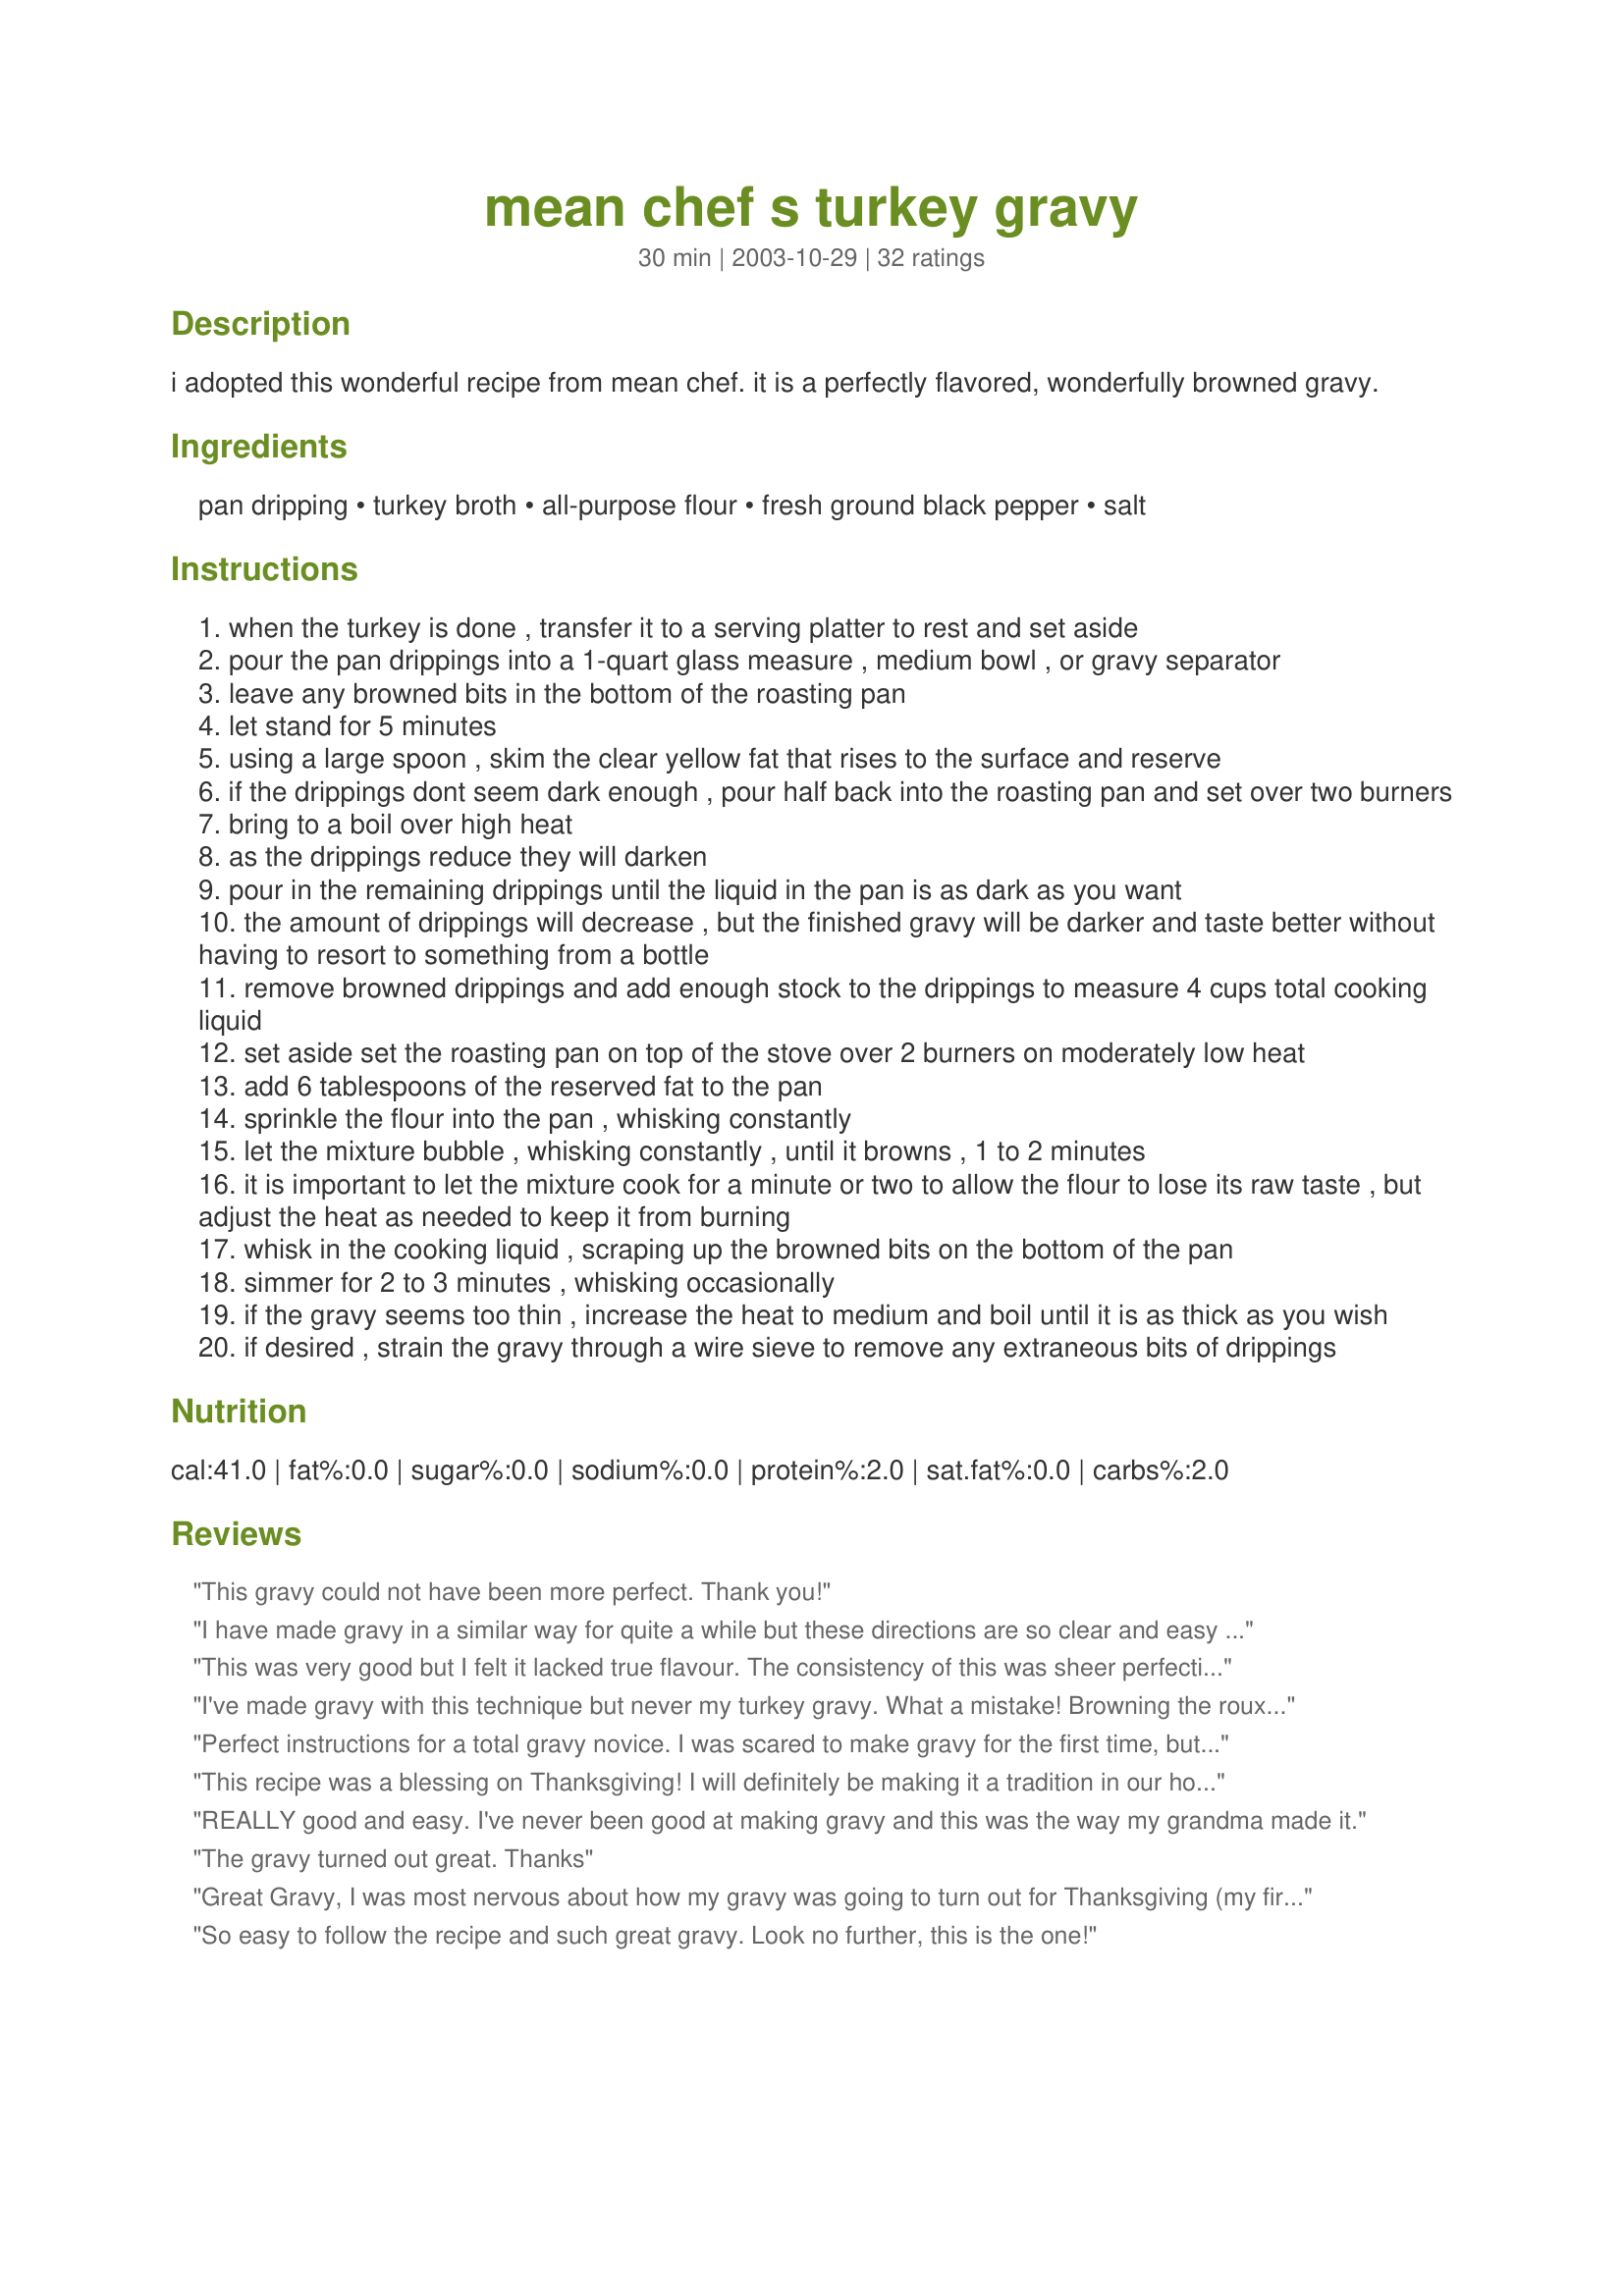
mean chef s turkey gravy
Preparation time: 30 minutes

i adopted this wonderful recipe from mean chef. it is a perfectly flavored, wonderfully browned gravy.

Ingredients:
pan dripping, turkey broth, all-purpose flour, fresh ground black pepper, salt

Steps:
when the turkey is done , transfer it to a serving platter to rest and set aside
pour the pan drippings into a 1-quart glass measure , medium bowl , or gravy separator
leave any browned bits in the bottom of the roasting pan
let stand for 5 minutes
using a large spoon , skim the clear yellow fat that rises to the surface and reserve
if the drippings dont seem dark enough , pour half back into the roasting pan and set over two burners
bring to a boil over high heat
as the drippings reduce they will darken
pour in the remaining drippings until the liquid in the pan is as dark as you want
the amount of drippings will decrease , but the finished gravy will be darker and taste better without having to resort to something from a bottle
remove browned drippings and add enough stock to the drippings to measure 4 cups total cooking liquid
set aside set the roasting pan on top of the stove over 2 burners on moderately low heat
add 6 tablespoons of the reserved fat to the pan
sprinkle the flour into the pan , whisking constantly
let the mixture bubble , whisking constantly , until it browns , 1 to 2 minutes
it is important to let the mixture cook for a minute or two to allow the flour to lose its raw taste , but adjust the heat as needed to keep it from burning
whisk in the cooking liquid , scraping up the browned bits on the bottom of the pan
simmer for 2 to 3 minutes , whisking occasionally
if the gravy seems too thin , increase the heat to medium and boil until it is as thick as you wish
if desired , strain the gravy through a wire sieve to remove any extraneous bits of drippings

Reviews:
This gravy could not have been more perfect. Thank you!
I have made gravy in a similar way for quite a while but these directions are so clear and easy to follow that they give you a very confident feeling about the outcome. My drippings were nice and dark this year so I didn't reduce them, but that is a great piece of advice for times when they are not. This was delicious gravy!
This was very good but I felt it lacked true flavour. The consistency of this was sheer perfection and I will incorporate my own turkey gravy "stock" with this thickening ratio since I've never been able to achieve this consistency. But I added a LOT of seasoning...and it still needed something more. This is a GREAT base and I will use this with my own stock the next time and report back on my progress. Thanks for posting!
I've made gravy with this technique but never my turkey gravy. What a mistake! Browning the roux first makes a terrific, flavorful gravy. I prefer my gravy a bit thicker than this so I just followed the suggestion and simmered it until it was my idea of perfect. I'll never go back to shaking flour in a jar again. Thanks, Mean Chef!
Perfect instructions for a total gravy novice. I was scared to make gravy for the first time, but this recipe helped me through it - and the gravy had great flavor!
This recipe was a blessing on Thanksgiving! I will definitely be making it a tradition in our house...thanks!
REALLY good and easy. I've never been good at making gravy and this was the way my grandma made it.
The gravy turned out great. Thanks
Great Gravy, I was most nervous about how my gravy was going to turn out for Thanksgiving (my first one cooking). This was better than most I have ever tasted. Thank you!
So easy to follow the recipe and such great gravy. Look no further, this is the one!
Great gravy! The roux is the secret. I made this to go with <a href="/102335">Moist and Tender Turkey Breast</a>. The family loved it. Thank you.
I've een making my gravy like this for years. It's quick, easy and delicious! Glad you posted it for everyone Bekah.
I prepared the 'companion' recipe to this (#74272 -- Mean Chef's Turkey Broth) and used it to make this gravy. It was so much darker than the gravy my mother always made, everybody was giving it really nervous looks. One bite, though, and they all started raving. It was just outstanding, and I've been asked (no, more like ordered!) never to make any other kind of turkey gravy again.
Made your Apple Brine Turkey for Christmas and needed to make a good gravy from the drippings so I chose this recipe. So glad I did. This was wonderful. The roux is the trick and it has great flavor. The only problem I had was getting it to thicken as much as I wanted even using your hints so I mixed a little gravy with cornstarch and slowly stirred in a small amount to the pan on the burners and got the desired consistency in no time. Thanks Mean Chef for a keeper gravy recipe!!
Didn't know there was any other way to make gravy. This technique was used from my great-grandmother on down. No wonder I rarely liked other peoples' gravies..if they weren't doing it this way, it wasn't done right.

If you haven't tried it, DO SO!
This made the BEST homemade gravy! I LOVE this recipe. I think the key is measuring the amount of fat so that you can use the exact same amount of flour. No more fighting to thicken gravy for an hour! We read the directions wrong and put all the cooking liquid in the pan with the fat and added one tbp of flour at a time and it still worked out great. It thickened up immediately and was ready so fast that it had to sit awhile while everything else finished heating up. It didn&#039;t get too thick or even form a film on top! I used some homemade broth in the bottom of my turkey pan and then I never added any additional seasoning to the gravy- it didn&#039;t even need salt and pepper. A gravy miracle in my book. Thank you!
Made this for Easter and it was great! I used canned turkey broth as that was what I had. It was the easiest gravy I've ever tried. Will use this often. Thanks for posting!
No other way to make gravy in my book! Delicious!
This is the way my grandma made it too! You get especially dark, rich brown gravy with this method. I boil the neck with a stalk of celery, carrot and onion to make the additional broth that is needed. Wonderful! No additional seasoning needed!
Made this for Thanksgiving and it was fantastic! I've been trying for five years to figure out how to make gravy and this was easy and had great flavor! Thanks MEANCHEF for the MEAN gravy!!
Excellent gravy with a great consistency and good flavor. Was made with turkey broth #74272.
Awesome gravy, very flavourful. Well written and easy to follow directions.
This is the only way to make gravy!
Thanks for a great recipe Mean Chef!
wonderful!
Just wanted to give everyone a heads up that a company called Kitchen Basics sells<br/>Turkey Stock in 1 quart cartons. I have to make gravy for 50 people /- (hence 6 quarts of stock!) so I simmer on low the necks and giblets in turkey stock ,carrots, onions, & celery for most of the day and strain. This makes an even more flavorful gravy. Then proceed as "Mean Chef" says. Defat the drippings, thicken and enjoy!
Best turkey gravy I've ever made. I used to use corn starch to make my gravy but using flour with this method beats that hands down.
This was by far the BEST turkey gravy I have ever tasted. I made the homemade turkey broth for the gravy the day before I cooked the turkey. I made the broth by chopping a turkey neck into a few pieces and then sauteeing it with the turkey tailpiece in a little oil until browned. I then added a chopped carrot, celery, and onion, & one can of chicken stock. I covered the mixture with a couple of quarts of water and then let it simmer for a couple of hours. After the broth cooled, I strained it, pulled the meat off of the neck pieces and added the meat back to the broth. Yum....this is the only way I will make turkey gravy from now on.
Fantastic! I had nearly four cups of drippings from my turkey, so I doubled the recipe and made a whole lot of gravy, LOL. Absolutely delicious, and a great way to make sure there is plenty of gravy... I served turkey dinner to 18 people and still have plenty left over for hot turkey sandwiches. Thanks Mean!! I used Mean's turkey broth recipe as well.
I'm not a gravy eater myself..but my DH raved about this gravy. I used a disposable pan and couldn't use that on the stove top so I removed the turkey to a cookie sheet to rest and poured the drippings in to a bowl. I didn't have any brown bits (because I set the turkey on thick slices of onions to prevent sticking) and honestly not enough fat! I used what I could and substituted about 2 TBS of oil olive to get the flour thin enough to work with. I also did not need any canned stock as my Turkey produced over 4 cups of drippings! No floury residue and no need to strain! I will never shake cold water and flour together again! This is the ONLY gravy recipe I'll ever use again! Thanks Bekah!
Perfect!!

Made with Potato Starch Flour to make it gluten free--worked great!
I've never made homemade gravy before but now that I have tried it I will NEVER buy canned again. Your directions are so easy to follow and the gravy turned out perfect. Thanks for another cooking lesson Mean!
Perfect gravy for our meal. I have to drench my turkey, dressing and mashed potatoes in gravy, and this made more than enough to do the job for our Thanksgiving meal. Thanks for posting.
Great turkey gravy! No lumps for us and the gravy was excellent!
